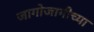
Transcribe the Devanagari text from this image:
जागोजागीच्या